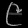
Digit: ၉